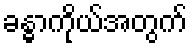
ခန္ဓာကိုယ်အတွက်